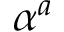
\alpha ^ { a }